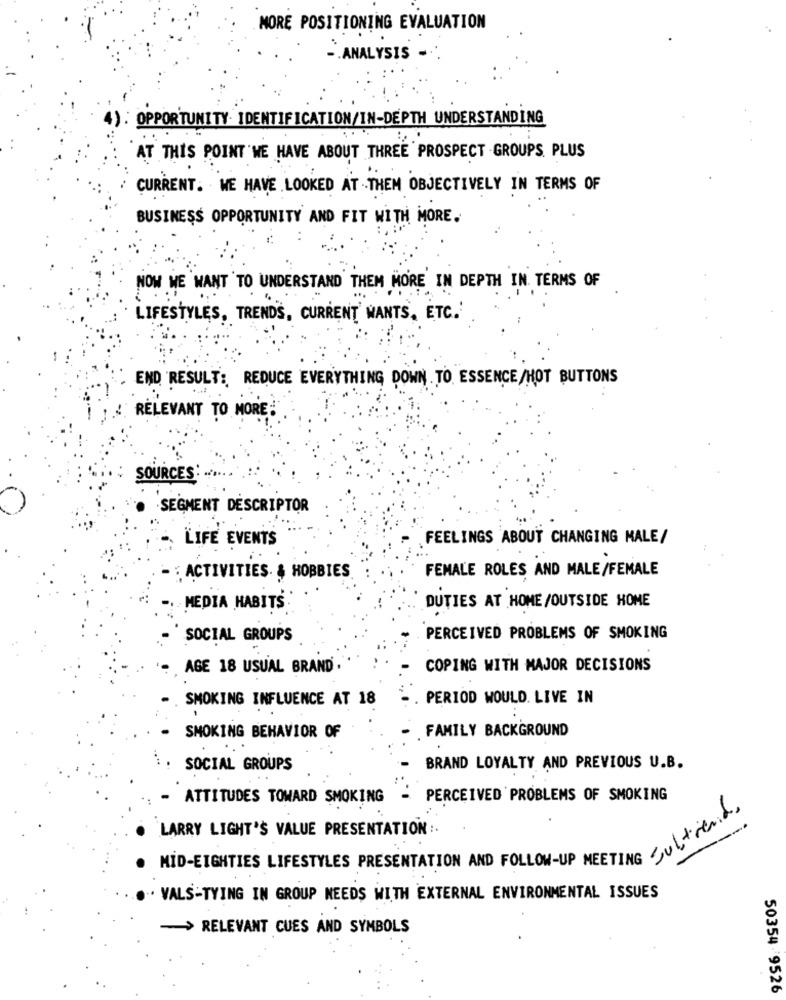
NORE POSITIONING EVALUATION
.ANALYSIS -
4): OPPORTUNITY IDENTIFICATION/IN-DEPTH UNDERSTANDING
AT THIS POINT WE HAVE ABOUT THREE PROSPECT - GROUPS. PLUS
CURRENT. WE HAVE LOOKED AT THEM OBJECTIVELY IN TERMS OF
BUSINESS OPPORTUNITY AND FIT WITH MORE.
NOW WE WANT TO UNDERSTAND THEM MORE IN DEPTH IN. TERMS OF
LIFESTYLES, TRENDS, CURRENT WANTS, ETC.
END RESULT :, REDUCE EVERYTHING DOWN TO ESSENCE/HOT BUTTONS
RELEVANT TO MORE
SOURCES:
SEGMENT DESCRIPTOR
LIFE EVENTS
FEELINGS ABOUT CHANGING MALE/
FEMALE ROLES AND MALE/FEMALE
. ACTIVITIES. & HOBBIES
MEDIA HABITS
DUTIES AT HOME/OUTSIDE HOME
SOCIAL GROUPS
PERCEIVED PROBLEMS OF SMOKING
AGE 18 USUAL BRAND.
COPING WITH MAJOR DECISIONS
SMOKING INFLUENCE AT 18
PERIOD WOULD. LIVE IN
FAMILY BACKGROUND
SMOKING BEHAVIOR OF
SOCIAL GROUPS
BRAND LOYALTY AND PREVIOUS U.B.
ATTITUDES TOWARD SMOKING
PERCEIVED PROBLEMS OF SMOKING
LARRY LIGHT'S VALUE PRESENTATION :.
---
MID-EIGHTIES LIFESTYLES PRESENTATION AND FOLLOW-UP MEETING LA
VALS-TYING IN GROUP NEEDS WITH EXTERNAL ENVIRONMENTAL ISSUES
-> RELEVANT CUES AND SYMBOLS
50354 9526